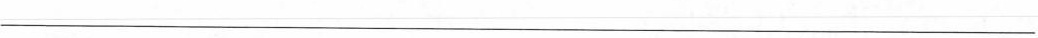
__________